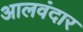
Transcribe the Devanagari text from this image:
आलवंदार